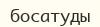
босатуды